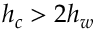
h _ { c } > 2 h _ { w }